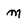
Character: m